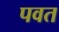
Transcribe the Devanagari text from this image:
पवत